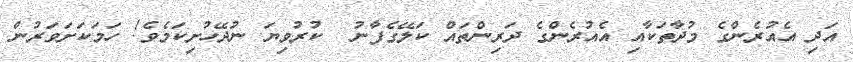
އަދި އެއުރެންގެ މުދާތަކާއި އެއުރެންގެ ދަރިންތައް ކަލޭގެފާނު  ކުރުވިޔަ ނުދޭހުށިކަމެވެ! ހަމަކަށަވަރުން